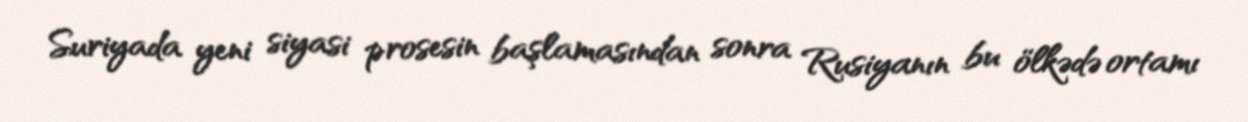
Suriyada yeni siyasi prosesin başlamasından sonra Rusiyanın bu ölkədə ortamı